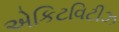
એકિટવિટીઝ